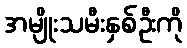
အမျိုးသမီးနှစ်ဦးကို